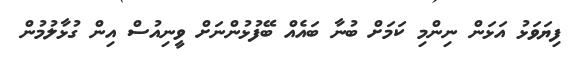
ފިޔަވަޅު އަޅަން ނިންމި ކަމަށް ބުނާ ބައެއް ބޭފުޅުންނަށް ވީނިއުސް އިން ގުޅާލުމުން